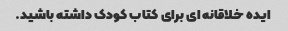
ایده خلاقانه ای برای کتاب کودک داشته باشید.